Annual report of the Punjab Veterinary College and of the Civil Veterinary Department, Punjab - 1926-1932
Year: 1926
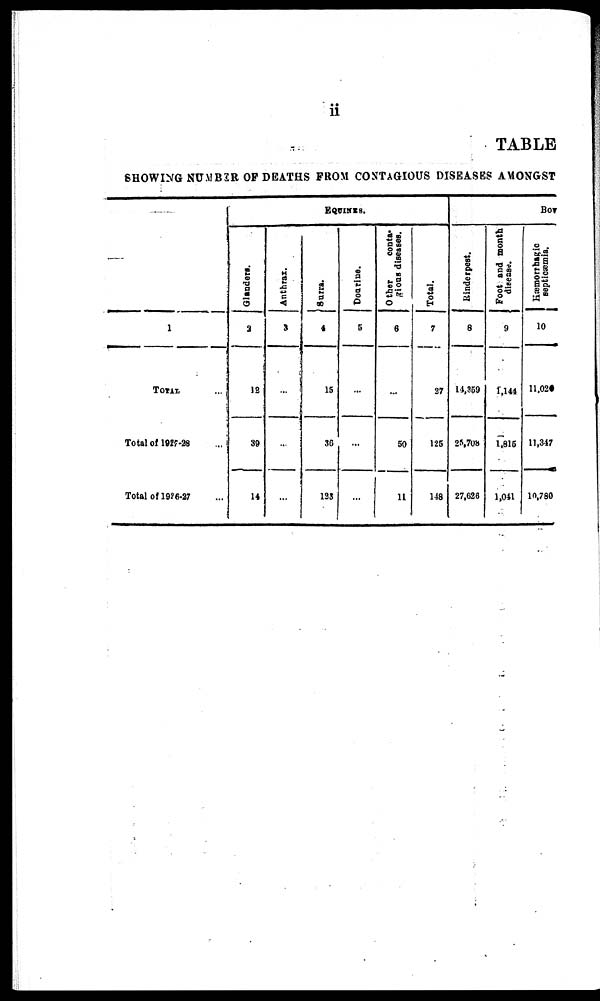
ii
TABLE
SHOWING NUMBER OF DEATHS FROM CONTAGIOUS DISEASES AMONGST
1
TOTAL ...
Total of 1927-28 ...
Total of 1926-27 ...
EQUINES.
Glanders.
2
12
39
14
Anthrax.
3
…
…
...
Surra.
4
15
36
133
Dourine.
5
...
…
…
Other
conta-
gious diseases.
6
...
50
11
Total.
7
27
125
148
BOV
Kinder pest.
8
14,359
25,708
27,626
Foot and mouth
disease.
9
1,144
1,815
1,041
Hæmorrhagic
septicæmia.
10
11,026
11,347
10,780